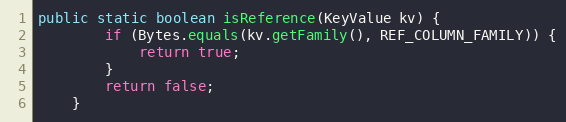
Language: Java
public static boolean isReference(KeyValue kv) {
        if (Bytes.equals(kv.getFamily(), REF_COLUMN_FAMILY)) {
            return true;
        }
        return false;
    }